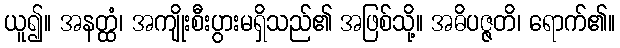
ယူ၍။ အနတ္ထံ၊ အကျိုးစီးပွားမရှိသည်၏ အဖြစ်သို့။ အဓိပဇ္ဇတိ၊ ရောက်၏။